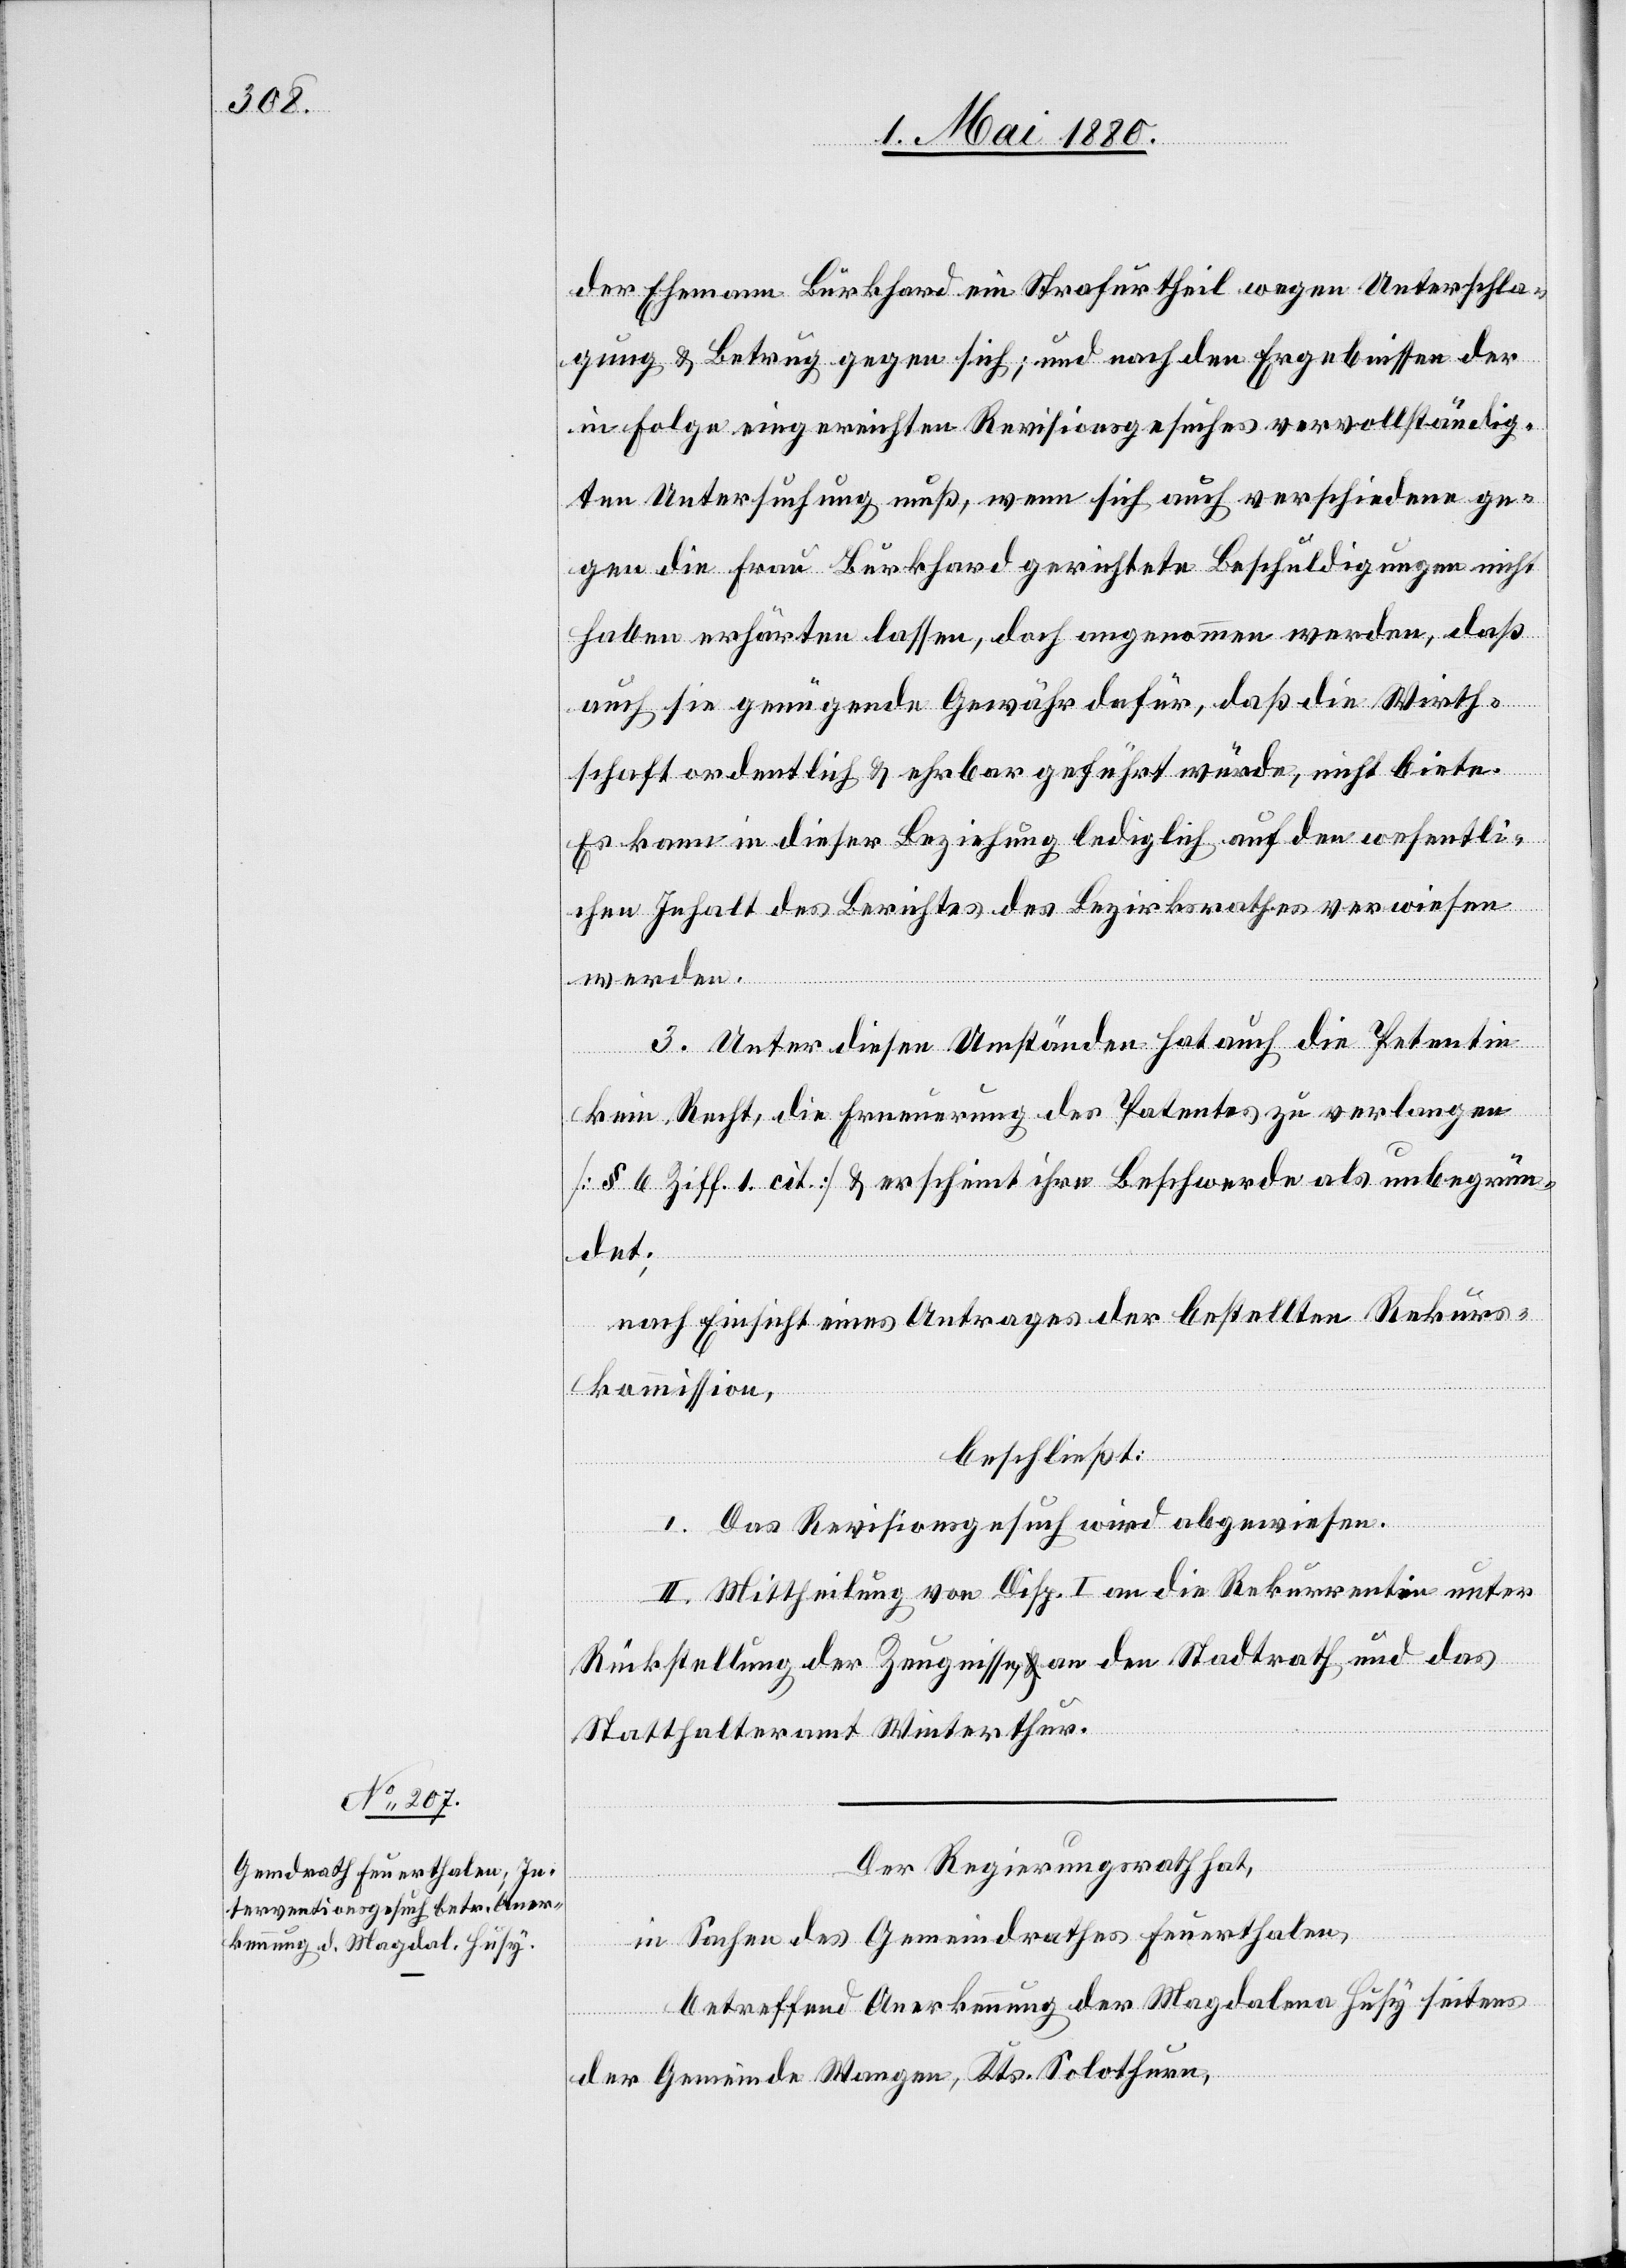
der Ehemann Burkhard ein Strafurtheil wegen Unterschla¬
gung & Betrug gegen sich; und nach den Ergebnissen der
in Folge eingereichten Revisionsgesuches vervollständig¬
ten Untersuchung muß, wenn sich auch verschiedene ge¬
gen die Frau Burkhard gerichtete Beschuldigungen nicht
haben erhärten lassen, doch angenommen werden, daß
auch sie genügende Gewähr dafür, daß die Wirth¬
schaft ordentlich & ehrbar geführt würde, nicht biete.
Es kann in dieser Beziehung lediglich auf den wesentli¬
chen Inhalt des Berichtes des Bezirksrathes verwiesen
werden.
3. Unter diesen Umständen hat auch die Petentin
kein Recht, die Erneuerung des Patentes zu verlangen
[§ 6 Ziff. 1 cit.] & erscheint ihre Beschwerde als unbegrün¬
det;
nach Einsicht eines Antrages der bestellten Rekurs¬
kommission,
beschließt:
I. Das Revisionsgesuch wird abgewiesen.
II. Mittheilung von Disp. I an die Rekurrentin unter
Rückstellung der Zeugnisse, an den Stadtrath und das
Statthalteramt Winterthur.
Der Regierungsrath hat,
in Sachen des Gemeindrathes Feuerthalen,
betreffend Anerkennung der Magdalena Husy seitens
der Gemeinde Wangen, Kts. Solothurn,